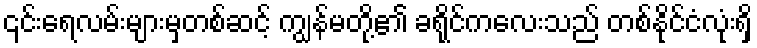
၎င်းရေလမ်းများမှတစ်ဆင့် ကျွန်မတို့၏ ခရိုင်ကလေးသည် တစ်နိုင်ငံလုံးရှိ